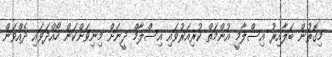
މިގޮތުން ބަލާއިރު އިސްލާމީ އުންމަތް ކުރިއަރުވައި އިސްލާމް ދީނަށް މިނިވަންކަން ހޯއްދަވައި ދެއްވަން